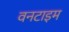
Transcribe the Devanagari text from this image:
वनटाइम